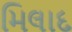
મિલાદ